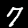
Digit: 7